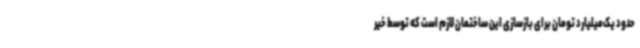
حدود یک‌میلیارد تومان برای بازسازی این ساختمان لازم است که توسط خیر